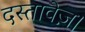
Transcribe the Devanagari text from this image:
दस्तावेज़।